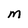
Character: M